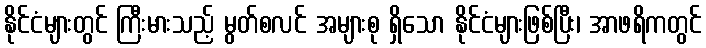
နိုင်ငံများတွင် ကြီးမားသည့် မွတ်စလင် အများစု ရှိသော နိုင်ငံများဖြစ်ပြီး၊ အာဖရိကတွင်